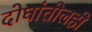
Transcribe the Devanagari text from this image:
दोघांतीलही